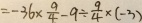
= - 3 6 \times \frac { 9 } { 4 } - 9 \div \frac { 9 } { 4 } \times ( - 3 )